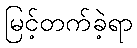
မြင့်တက်ခဲ့ရာ